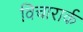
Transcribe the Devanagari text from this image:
विचारार्क